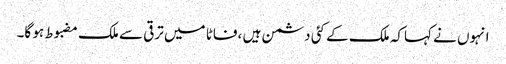
انہوں نے کہاکہ ملک کے کئی دشمن ہیں ،فاٹا میں ترقی سے ملک مضبوط ہو گا۔